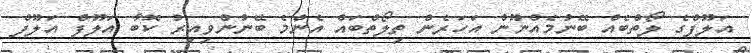
އަލޫފްގެ ލޯތްބެެއް ބޭނުމެެއްނޫން އަހަރެން ތިލޯތްބައް އެންމެ ބޭނުންވިއިރު ކޮބާ އަލޫފް އަލޫފް